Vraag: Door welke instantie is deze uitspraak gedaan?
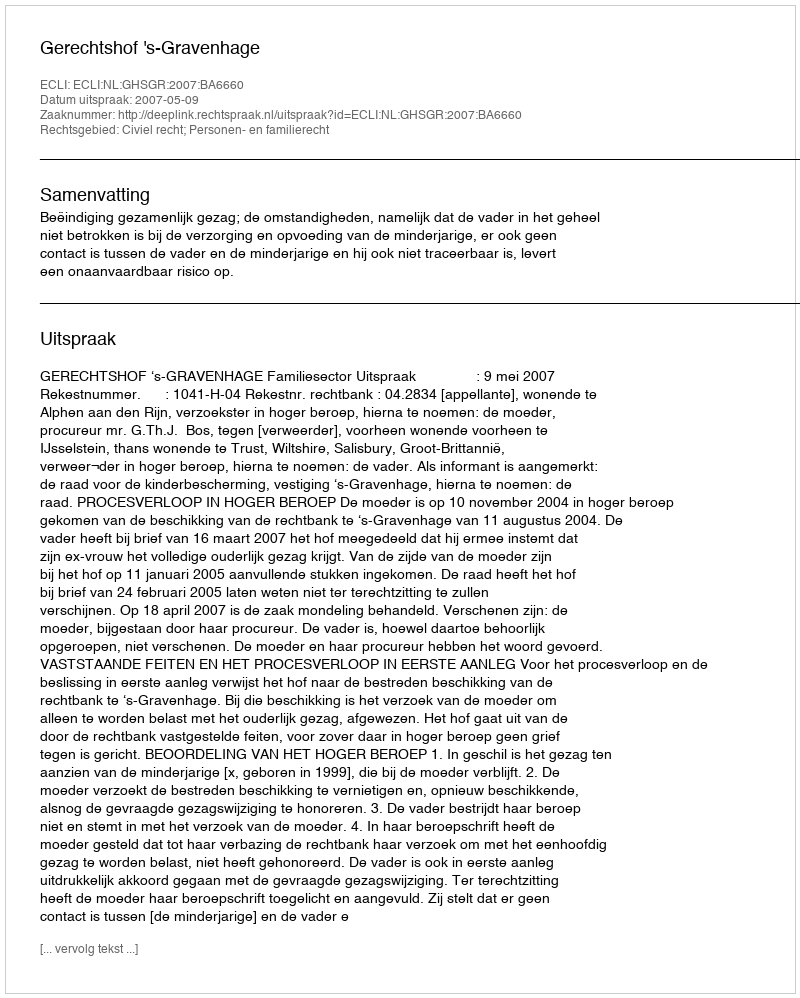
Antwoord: Gerechtshof 's-Gravenhage